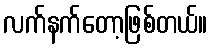
လက်နက်တော့ဖြစ်တယ်။